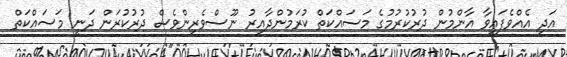
އަދި އެއްވެފައިވާ އާންމުން ދުރުކުރުމުގެ މަސައްކަތް ކުރަމުންދާއިރު ނޫސްވެރިންވެސް ދުރުކުރަން ދަނީ މަސައްކަތް